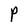
Character: P